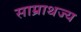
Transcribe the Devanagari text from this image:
साम्राथज्य